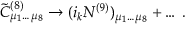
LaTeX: { \tilde { C } } _ { \mu _ { 1 } \dots \mu _ { 8 } } ^ { ( 8 ) } \rightarrow ( i _ { k } N ^ { ( 9 ) } ) _ { \mu _ { 1 } \dots \mu _ { 8 } } + \dots \, .